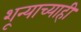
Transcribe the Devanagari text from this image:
शून्याच्याही